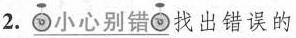
2.\underline{小心别错}找出错误的